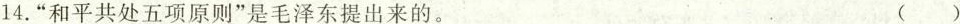
14.”和平共处五项原则”是毛泽东提出来的。 ( )